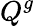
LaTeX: Q^{g}